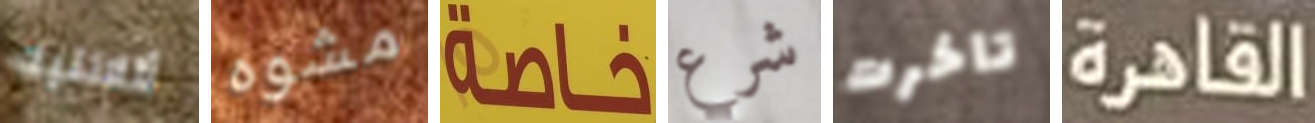
أتلانتيك مشوه خاصة شرع تاخرت القاهرة